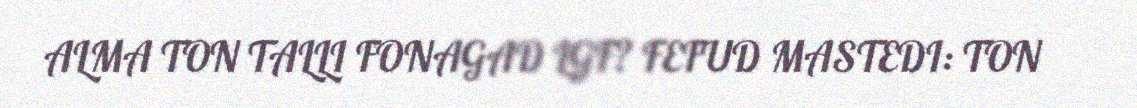
ALMA TON TALLI FONAGAD LGF? FEFUD MASTEDI: TON